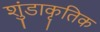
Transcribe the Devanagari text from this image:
शुंडाकृतिक